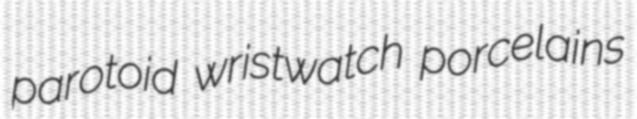
parotoid wristwatch porcelains